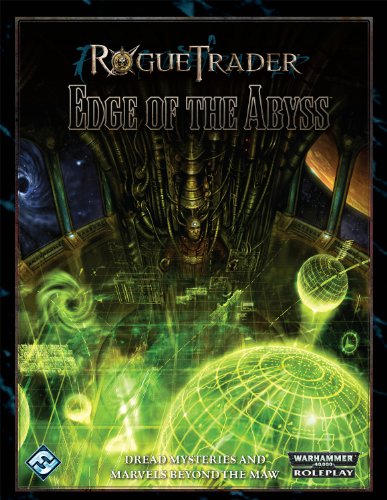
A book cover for Rogue Trader: Edge of the Abyss; Fantasy Flight Games; Science Fiction & Fantasy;